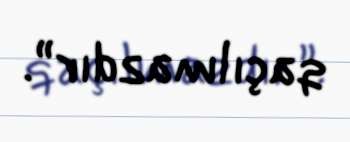
qaçılmazdır”.